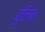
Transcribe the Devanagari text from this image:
वुलिन